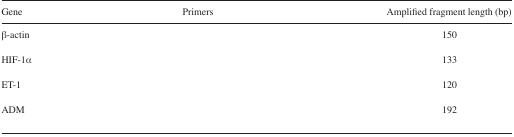
<table><thead><tr><td><b>Gene</b></td><td><b>Primers</b></td><td><b>Amplified fragment length (bp)</b></td></tr></thead><tbody><tr><td>β-actin</td><td>[EMPTY_CELL]</td><td>150</td></tr><tr><td>HIF-1α</td><td>[EMPTY_CELL]</td><td>133</td></tr><tr><td>ET-1</td><td>[EMPTY_CELL]</td><td>120</td></tr><tr><td>ADM</td><td>[EMPTY_CELL]</td><td>192</td></tr></tbody></table>